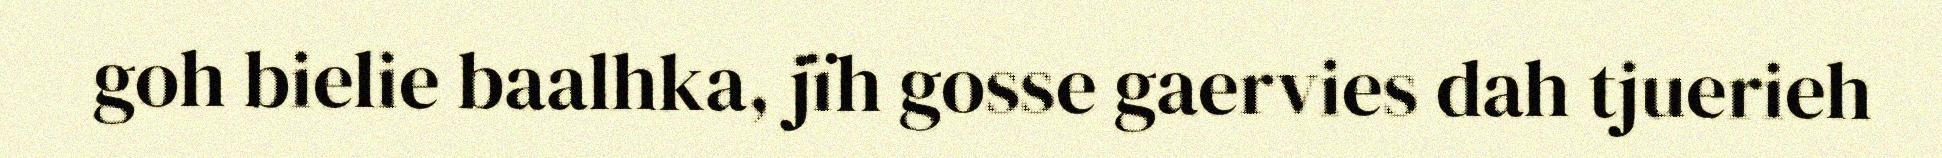
goh bielie baalhka, jïh gosse gaervies dah tjuerieh